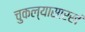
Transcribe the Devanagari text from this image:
चुकल्यासारखं